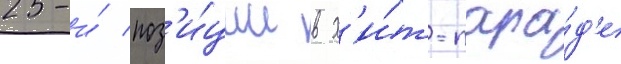
25-и́ поз'и́ции в х'и́т-пара́д'е